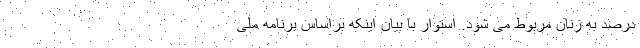
درصد به زنان مربوط می شود. استوار با بیان اینکه براساس برنامه ملی